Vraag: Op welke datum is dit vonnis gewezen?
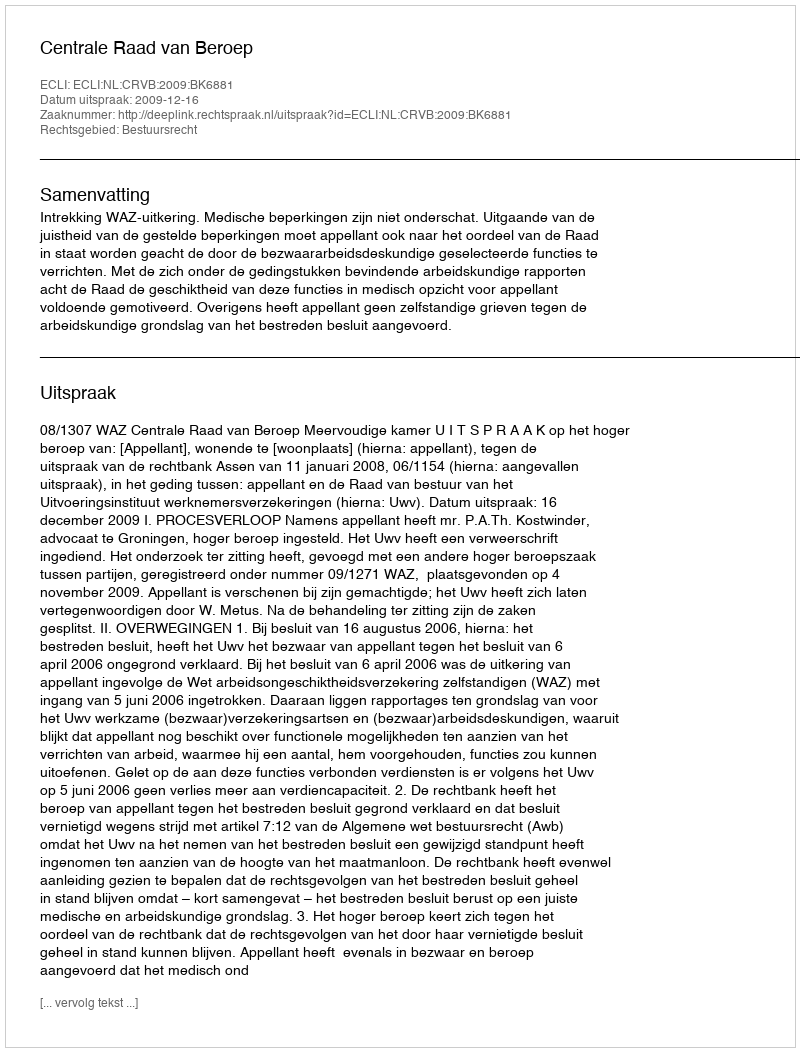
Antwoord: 2009-12-16